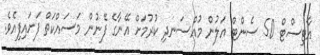
އާޓިސްޓް 50 ސެންޓް އަލުން މުއްސަނދި ކުރުމަށް އޭނާގެ ފޭނުން މަސައްކަތް ފަށައިފިއެވެ.